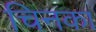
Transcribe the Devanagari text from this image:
चिनका